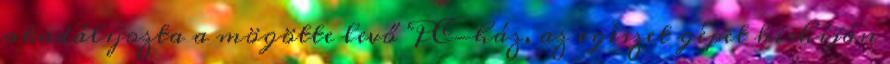
akadályozta a mögötte levő PC-ház, az egészet gépet kishíján